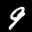
Label: 9